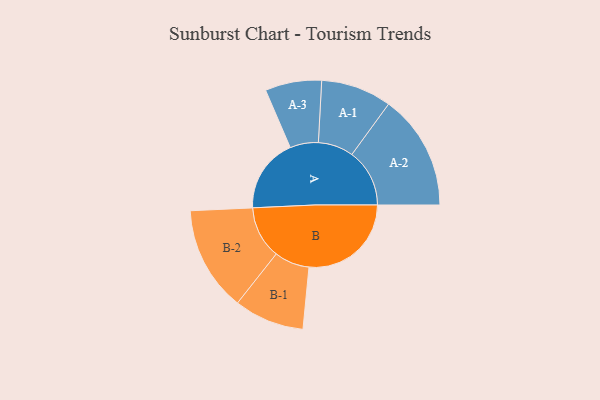
{"axis": {"x": "Segment", "y": "Value"}, "legend": ["", "A", "B"], "data": [{"x": "A", "y": 355, "type": ""}, {"x": "B", "y": 489, "type": ""}, {"x": "A-1", "y": 169, "type": "A"}, {"x": "A-2", "y": 276, "type": "A"}, {"x": "A-3", "y": 135, "type": "A"}, {"x": "B-1", "y": 168, "type": "B"}, {"x": "B-2", "y": 251, "type": "B"}]}